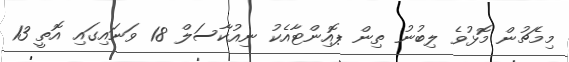
މިމެޗުން މޮޅުވެ ލިބުނު ތިން ޕޮއިންޓާއެކު ނިއުކާސަލް 18 ވަނައިގައި އޮތީ 13